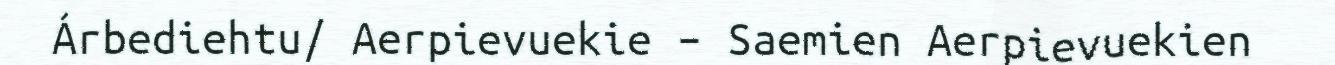
Árbediehtu/ Aerpievuekie – Saemien Aerpievuekien